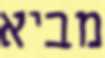
מביא